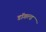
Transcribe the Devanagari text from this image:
डॉगल्ड